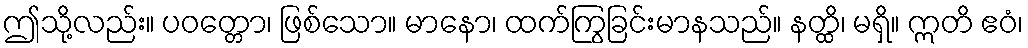
ဤသို့လည်း။ ပဝတ္တော၊ ဖြစ်သော။ မာနော၊ ထက်ကြွခြင်းမာနသည်။ နတ္ထိ၊ မရှိ။ ဣတိ ဧဝံ၊